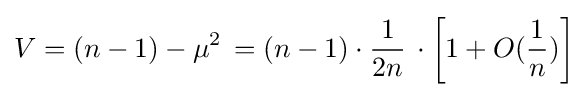
V=(n-1)-\mu ^{2}\,=(n-1)\cdot {\frac {1}{2n}}\,\cdot \left[1+O({\frac {1}{n}})\right]